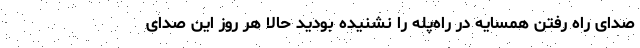
صدای راه رفتن همسایه در راه‌پله را نشنیده بودید حالا هر روز این صدای